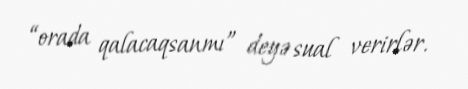
“orada qalacaqsanmı” deyə sual verirlər.